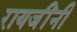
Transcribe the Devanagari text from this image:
रायजींनी